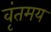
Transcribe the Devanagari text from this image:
वृंतमय